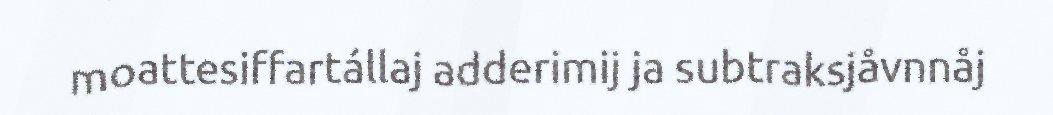
moattesiffartállaj adderimij ja subtraksjåvnnåj